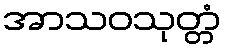
အာသဝသုတ္တံ